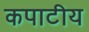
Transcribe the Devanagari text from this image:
कपाटीय